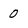
Character: 0